Lunatic asylums Madras 1877-1891 - 1877-1891
Year: 1877
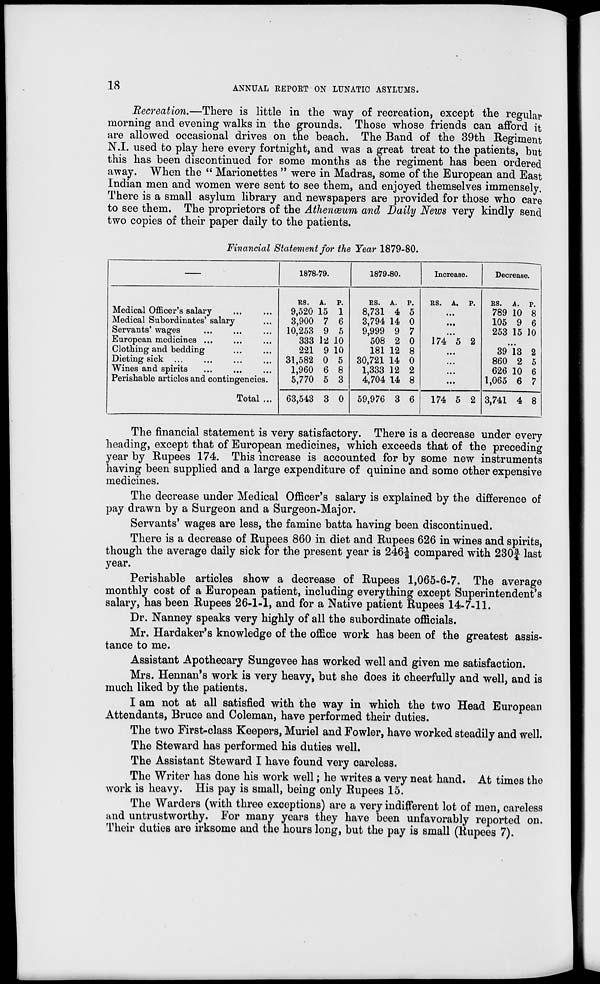
18
ANNUAL REPORT ON LUNATIC ASYLUMS.
Recreation.—There is little in the way of recreation, except the regular
morning and evening walks in the grounds. Those whose friends can afford it
are allowed occasional drives on the beach. The Band of the 39th Regiment
N.I. used to play here every fortnight, and was a great treat to the patients, but
this has been discontinued for some months as the regiment has been ordered
away. When the "Marionettes" were in Madras, some of the European and East
Indian men and women were sent to see them, and enjoyed themselves immensely,
There is a small asylum library and newspapers are provided for those who care
to see them. The proprietors of the Athenæum and Daily News very kindly send
two copies of their paper daily to the patients.
Financial Statement for the Year 1879-80.
Medical Officer's salary ... ...
Medical Subordinates' salary ...
Servants' wages ... ... ...
European medicines ... ... ...
Clothing and bedding ... ...
Dieting sick ... ... ... ...
Wines and spirits ... ... ...
Perishable articles and contingencies.
Total ...
1878-79.
Rs.
9,520
3,900
10,253
333
221
31,582
1,960
5,770
63,543
A.
15
7
9
12
9
0
6
5
3
P.
1
6
5
10
10
5
8
3
0
1879-80.
Rs.
8,731
3,794
9,999
508
181
30,721
1,333
4,704
59,976
A.
4
14
9
2
12
14
12
14
3
P.
5
0
7
0
8
0
2
8
6
Increase.
Rs. A. P.
...
...
...
174 5 2
...
...
...
...
174 5 2
Decrease.
Rs.
789
105
253
A.
10
9
15
P.
8
6
10
...
39
860
626
1,065
3,741
13
2
10
6
4
2
5
6
7
8
The financial statement is very satisfactory. There is a decrease under every
heading, except that of European medicines, which exceeds that of the preceding
year by Rupees 174. This increase is accounted for by some new instruments
having been supplied and a large expenditure of quinine and some other expensive
medicines.
The decrease under Medical Officer's salary is explained by the difference of
pay drawn by a Surgeon and a Surgeon-Major.
Servants' wages are less, the famine batta having been discontinued.
There is a decrease of Rupees 860 in diet and Rupees 626 in wines and spirits,
though the average daily sick for the present year is 246½ compared with 230¾ last
year.
Perishable articles show a decrease of Rupees 1,065-6-7. The average
monthly cost of a European patient, including everything except Superintendent's
salary, has been Rupees 26-1-1, and for a Native patient Rupees 14-7-11.
Dr. Nanney speaks very highly of all the subordinate officials.
Mr. Hardaker's knowledge of the office work has been of the greatest assis-
tance to me.
Assistant Apothecary Sungevee has worked well and given me satisfaction.
Mrs. Hennan's work is very heavy, but she does it cheerfully and well, and is
much liked by the patients.
I am not at all satisfied with the way in which the two Head European
Attendants, Bruce and Coleman, have performed their duties.
The two First-class Keepers, Muriel and Fowler, have worked steadily and well.
The Steward has performed his duties well.
The Assistant Steward I have found very careless.
The Writer has done his work well; he writes a very neat hand. At times the
work is heavy. His pay is small, being only Rupees 15.
The Warders (with three exceptions) are a very indifferent lot of men, careless
and untrustworthy. For many years they have been unfavorably reported on.
Their duties are irksome and the hours long, but the pay is small (Rupees 7).